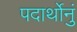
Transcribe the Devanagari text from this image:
पदार्थोनुं